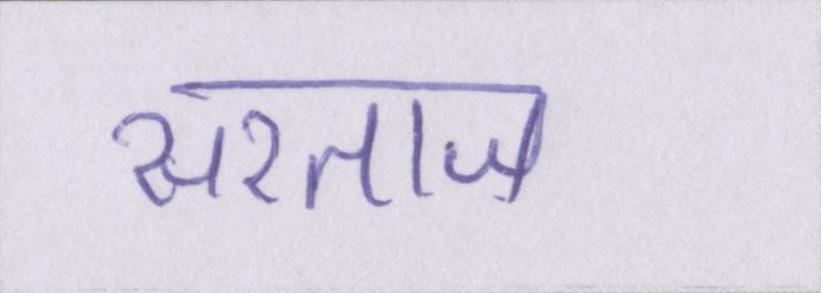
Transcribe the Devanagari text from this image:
सरताज